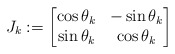
\begin{align*} J_k := \begin{bmatrix} \cos \theta_k & - \sin \theta_k \\ \sin \theta_k & \cos \theta_k \end{bmatrix}\end{align*}